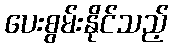
ပေးစွမ်းနိုင်သည့်